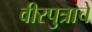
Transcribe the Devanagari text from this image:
वीरपुत्राचे